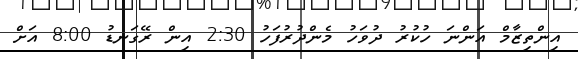
އިންތިޒާމް އަންނަ ހުކުރު ދުވަހު މެންދުރުފަހު 2:30 އިން ރޭގަނޑު 8:00 އަށް